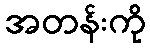
အတန်းကို